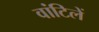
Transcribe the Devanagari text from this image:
वांटिलें